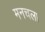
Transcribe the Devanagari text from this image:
मनचला